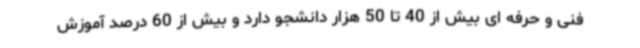
فنی و حرفه ای بیش از 40 تا 50 هزار دانشجو دارد و بیش از 60 درصد آموزش